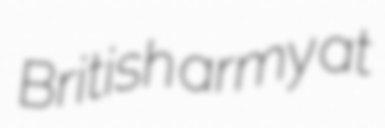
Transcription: British army at